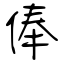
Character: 俸